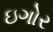
ઇગોર